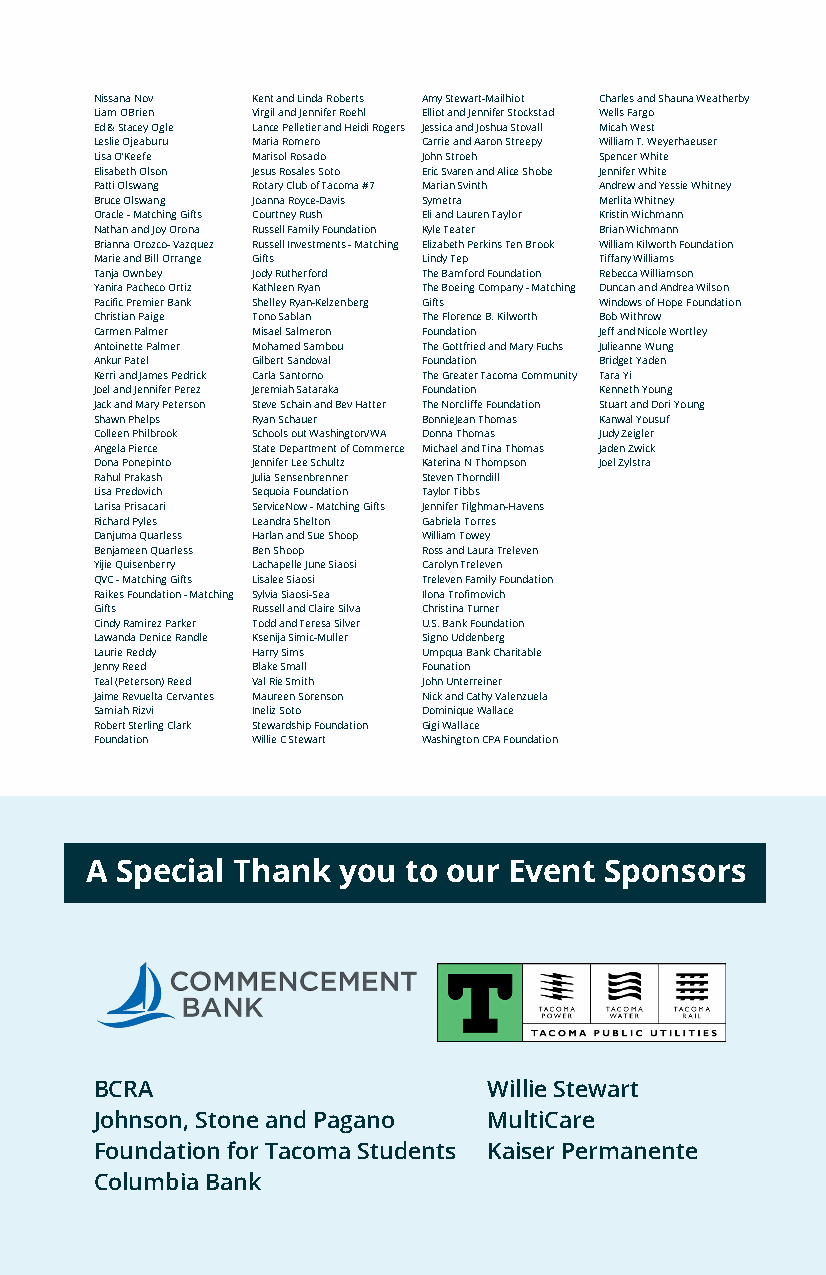
Nissana Nov Kent and Linda Roberts Amy Stewart-Mailhiot Charles and Shauna Weatherby
 Liam O’Brien Virgil and Jennifer Roehl Elliot and Jennifer Stockstad Wells Fargo
 Ed & Stacey Ogle Lance Pelletier and Heidi Rogers Jessica and Joshua Stovall Micah West
 Leslie Ojeaburu Maria Romero Carrie and Aaron Streepy William T. Weyerhaeuser
 Lisa O’Keefe Marisol Rosado John Stroeh Spencer White
 Elisabeth Olson Jesus Rosales Soto Eric Svaren and Alice Shobe Jennifer White
 Patti Olswang Rotary Club of Tacoma #7 Marian Svinth Andrew and Yessie Whitney
 Bruce Olswang Joanna Royce-Davis Symetra Merlita Whitney
 Oracle - Matching Gifts Courtney Rush Eli and Lauren Taylor Kristin Wichmann
 Nathan and Joy Orona Russell Family Foundation Kyle Teater Brian Wichmann
 Brianna Orozco- Vazquez Russell Investments - Matching Elizabeth Perkins Ten Brook William Kilworth Foundation
 Marie and Bill Orrange Gifts Lindy Tep Tiffany Williams
 Tanja Ownbey Jody Rutherford The Bamford Foundation Rebecca Williamson
 Yanira Pacheco Ortiz Kathleen Ryan The Boeing Company - Matching Duncan and Andrea Wilson
 Pacific Premier Bank Shelley Ryan-Kelzenberg Gifts Windows of Hope Foundation
 Christian Paige Tono Sablan The Florence B. Kilworth Bob Withrow
 Carmen Palmer Misael Salmeron Foundation Jeff and Nicole Wortley
 Antoinette Palmer Mohamed Sambou The Gottfried and Mary Fuchs Julieanne Wung
 Ankur Patel Gilbert Sandoval Foundation Bridget Yaden
 Kerri and James Pedrick Carla Santorno The Greater Tacoma Community Tara Yi
 Joel and Jennifer Perez Jeremiah Sataraka Foundation Kenneth Young
 Jack and Mary Peterson Steve Schain and Bev Hatter The Norcliffe Foundation Stuart and Dori Young
 Shawn Phelps Ryan Schauer BonnieJean Thomas Kanwal Yousuf
 Colleen Philbrook Schools out Washington/WA Donna Thomas Judy Zeigler
 Angela Pierce State Department of Commerce Michael and Tina Thomas Jaden Zwick
 Dona Ponepinto Jennifer Lee Schultz Katerina N Thompson Joel Zylstra
 Rahul Prakash Julia Sensenbrenner Steven Thorndill
 Lisa Predovich Sequoia Foundation Taylor Tibbs
 Larisa Prisacari ServiceNow - Matching Gifts Jennifer Tilghman-Havens
 Richard Pyles Leandra Shelton Gabriela Torres
 Danjuma Quarless Harlan and Sue Shoop William Towey
 Benjameen Quarless Ben Shoop Ross and Laura Treleven
 Yijie Quisenberry Lachapelle June Siaosi Carolyn Treleven
 QVC - Matching Gifts Lisalee Siaosi Treleven Family Foundation
 Raikes Foundation - Matching Sylvia Siaosi-Sea Ilona Trofimovich
 Gifts      Russell and Claire Silva Christina Turner
 Cindy Ramirez Parker Todd and Teresa Silver U.S. Bank Foundation
 Lawanda Denice Randle Ksenija Simic-Muller Signo Uddenberg
 Laurie Reddy Harry Sims Umpqua Bank Charitable
 Jenny Reed Blake Small Founation
 Teal (Peterson) Reed Val Rie Smith John Unterreiner
 Jaime Revuelta Cervantes Maureen Sorenson Nick and Cathy Valenzuela
 Samiah Rizvi Ineliz Soto Dominique Wallace
 Robert Sterling Clark Stewardship Foundation Gigi Wallace
 Foundation Willie C Stewart Washington CPA Foundation
 A Special Thank you  to our Event Sponsors
 BCRA                      Willie Stewart
 Johnson, Stone and Pagano MultiCare
 Foundation for Tacoma Students Kaiser Permanente
 Columbia Bank